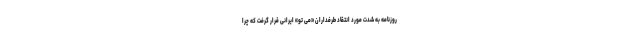
روزنامه به شدت مورد انتقاد طرفداران «می تو» ایرانی قرار گرفت که چرا